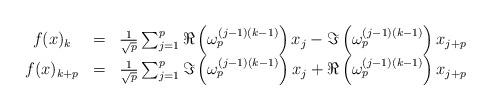
LaTeX: \begin{align*}\begin{array}{ccc}f(x)_k &= &\frac{1}{\sqrt {p}} \sum_{j=1}^p\Re\left(\omega_p^{(j-1)(k-1)}\right)x_j - \Im\left(\omega_p^{(j-1)(k-1)}\right) x_{j+p} \\f(x)_{k+p} &= &\frac{1}{\sqrt {p}} \sum_{j=1}^p\Im\left(\omega_p^{(j-1)(k-1)}\right)x_j + \Re\left(\omega_p^{(j-1)(k-1)}\right) x_{j+p}\end{array}\end{align*}